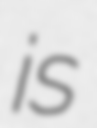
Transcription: is